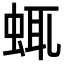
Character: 𧋖